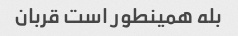
بله همینطور است قربان